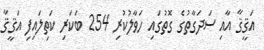
އަޤީޤާ އާއި ސަދަގާތުގެ ގޮތުގައި ހަވާލުކުރި 254 ބަކަރި ކަތިލައިފި އަޤީޤާ